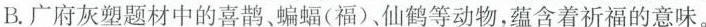
B.广府灰塑题材中的喜鹊、蝙蝠（福）仙鹤等动物，蕴含着祈福的意味。